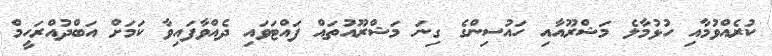
ކުރެއްވުމާއި ހުޅުމާލެ މަޝްރޫއާއި ހައުސިންގެ ގިނަ މަޝްރޫއުތައް ފައްޓަވައި ދެއްވާފައިވާ ކަމަށް އަބްދުއްރަހީމް